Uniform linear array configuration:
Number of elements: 32
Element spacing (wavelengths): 0.5
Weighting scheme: uniform
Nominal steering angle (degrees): -60
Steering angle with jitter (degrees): -58.464
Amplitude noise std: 0.05
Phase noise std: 0.05

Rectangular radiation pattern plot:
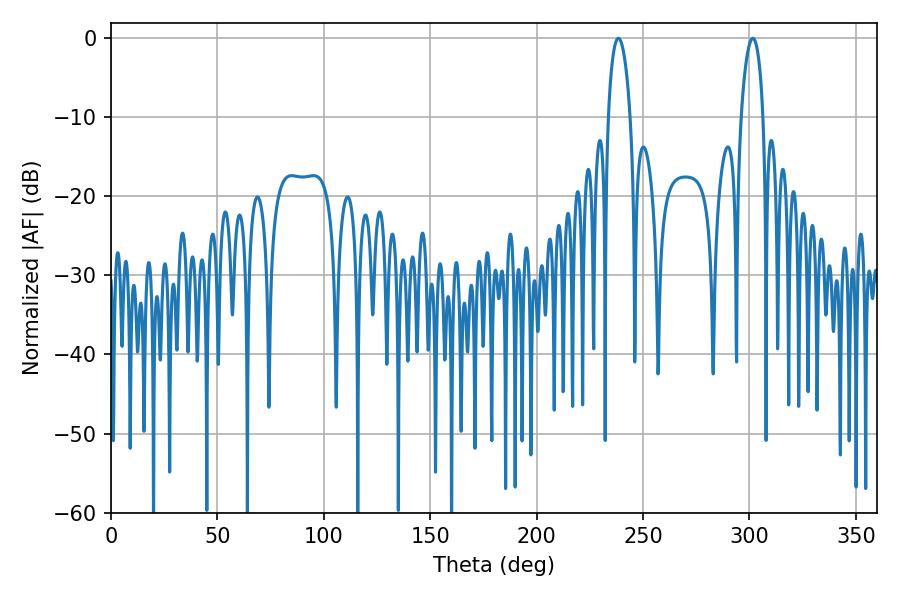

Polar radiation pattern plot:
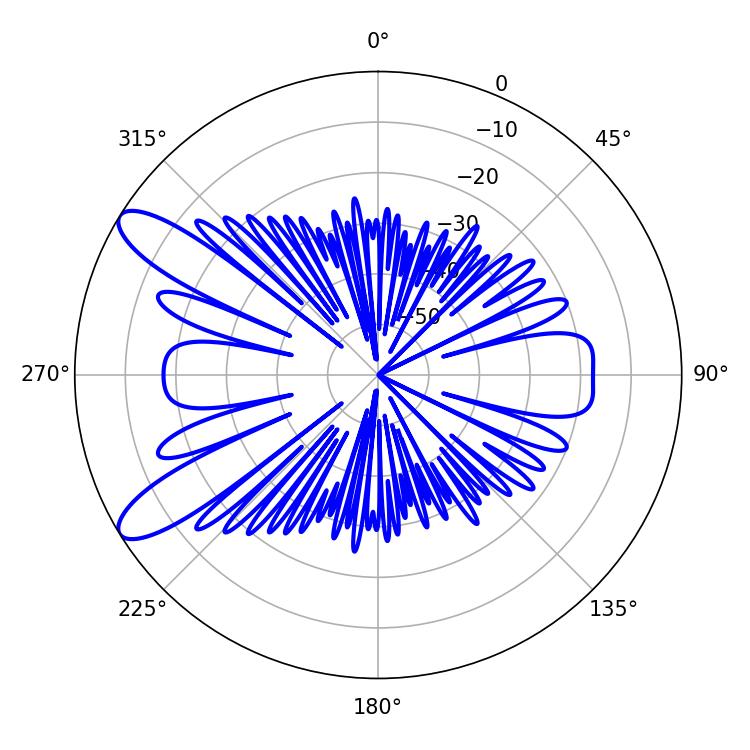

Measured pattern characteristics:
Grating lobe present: FALSE
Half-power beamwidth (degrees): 5.94
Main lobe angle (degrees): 301.5